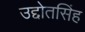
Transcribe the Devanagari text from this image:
उद्दोतसिंह